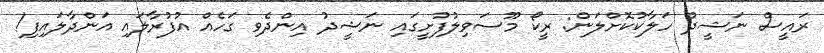
ރައީސް ނަޝީދު ހަލާކުކޮށްލަން: ރީކޯ މޫސަވިލުފުށީގައި ނަޝީދު އިންދެވި ގަހެއް އުފުރާލައި އަންދާލައިފި!